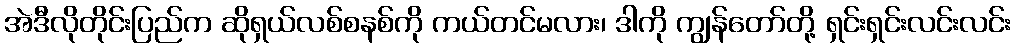
အဲဒီလိုတိုင်းပြည်က ဆိုရှယ်လစ်စနစ်ကို ကယ်တင်မလား၊ ဒါကို ကျွန်တော်တို့ ရှင်းရှင်းလင်းလင်း